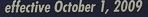
effective October 1,2009